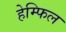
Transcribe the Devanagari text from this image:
हेम्फिल